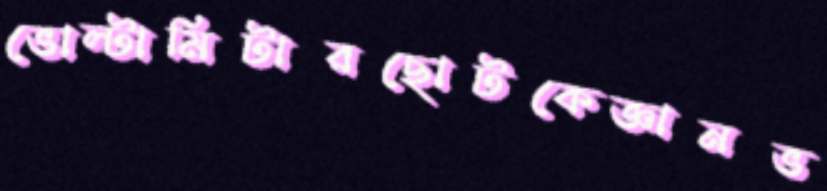
ভোল্টামিটারছোটকেজ্ঞানভ